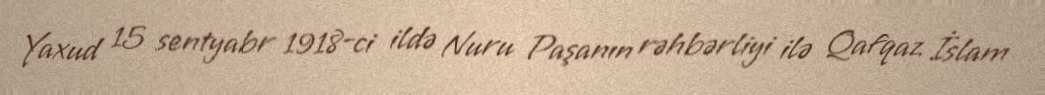
Yaxud 15 sentyabr 1918-ci ildə Nuru Paşanın rəhbərliyi ilə Qafqaz İslam